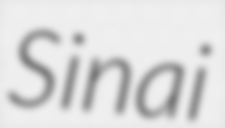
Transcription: Sinai